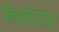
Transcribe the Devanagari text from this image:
मिस्तेरियोसा